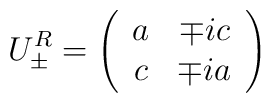
U_{\pm }^R=\left( \begin{array}{cc}a & \mp ic \\ c & \mp ia\end{array}\right)